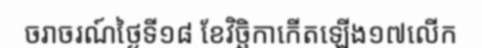
ចរាចរណ៍ថ្ងៃទី១៨ ខែវិច្ឆិកាកើតឡើង១៧លើក